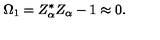
\Omega _ { 1 } = Z _ { \alpha } ^ { * } Z _ { \alpha } - 1 \approx 0 .